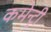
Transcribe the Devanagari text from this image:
कमेन्ट्री